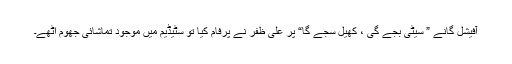
آفیشل گانے ” سیٹی بجے گی ، کھیل سجے گا“ پر علی ظفر نے پرفام کیا تو سٹیڈیم میں موجود تماشائی جھوم اٹھے۔